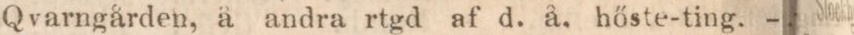
varngården, å andra rtgd af d. å. hőste-ting. –